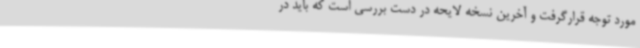
مورد توجه قرارگرفت و آخرین نسخه لایحه در دست بررسی است که باید در